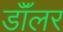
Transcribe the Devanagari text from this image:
डॉॅलर